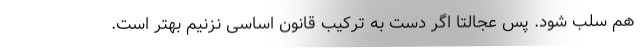
هم سلب شود. پس عجالتا اگر دست به ترکیب قانون اساسی نزنیم بهتر است.